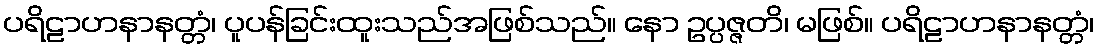
ပရိဠာဟနာနတ္တံ၊ ပူပန်ခြင်းထူးသည်အဖြစ်သည်။ နော ဥပ္ပဇ္ဇတိ၊ မဖြစ်။ ပရိဠာဟနာနတ္တံ၊